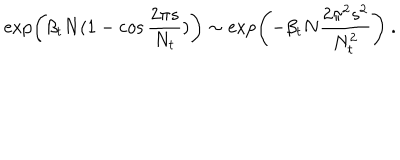
LaTeX: \exp \left( \beta _ { t } N ( 1 - \cos { \frac { 2 \pi s } { N _ { t } } } ) \right) \sim \exp \left( - \beta _ { t } N { \frac { 2 \pi ^ { 2 } s ^ { 2 } } { N _ { t } ^ { 2 } } } \right) ~ .